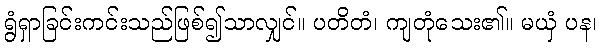
ရွံရှာခြင်းကင်းသည်ဖြစ်၍သာလျှင်။ ပတိတံ၊ ကျတုံသေး၏။ မယှံ ပန၊